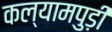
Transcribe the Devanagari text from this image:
कल्यामपुड़ी